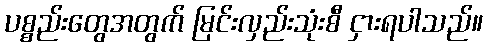
ပစ္စည်းတွေအတွက် မြင်းလှည်းသုံးစီ ငှားရပါသည်။